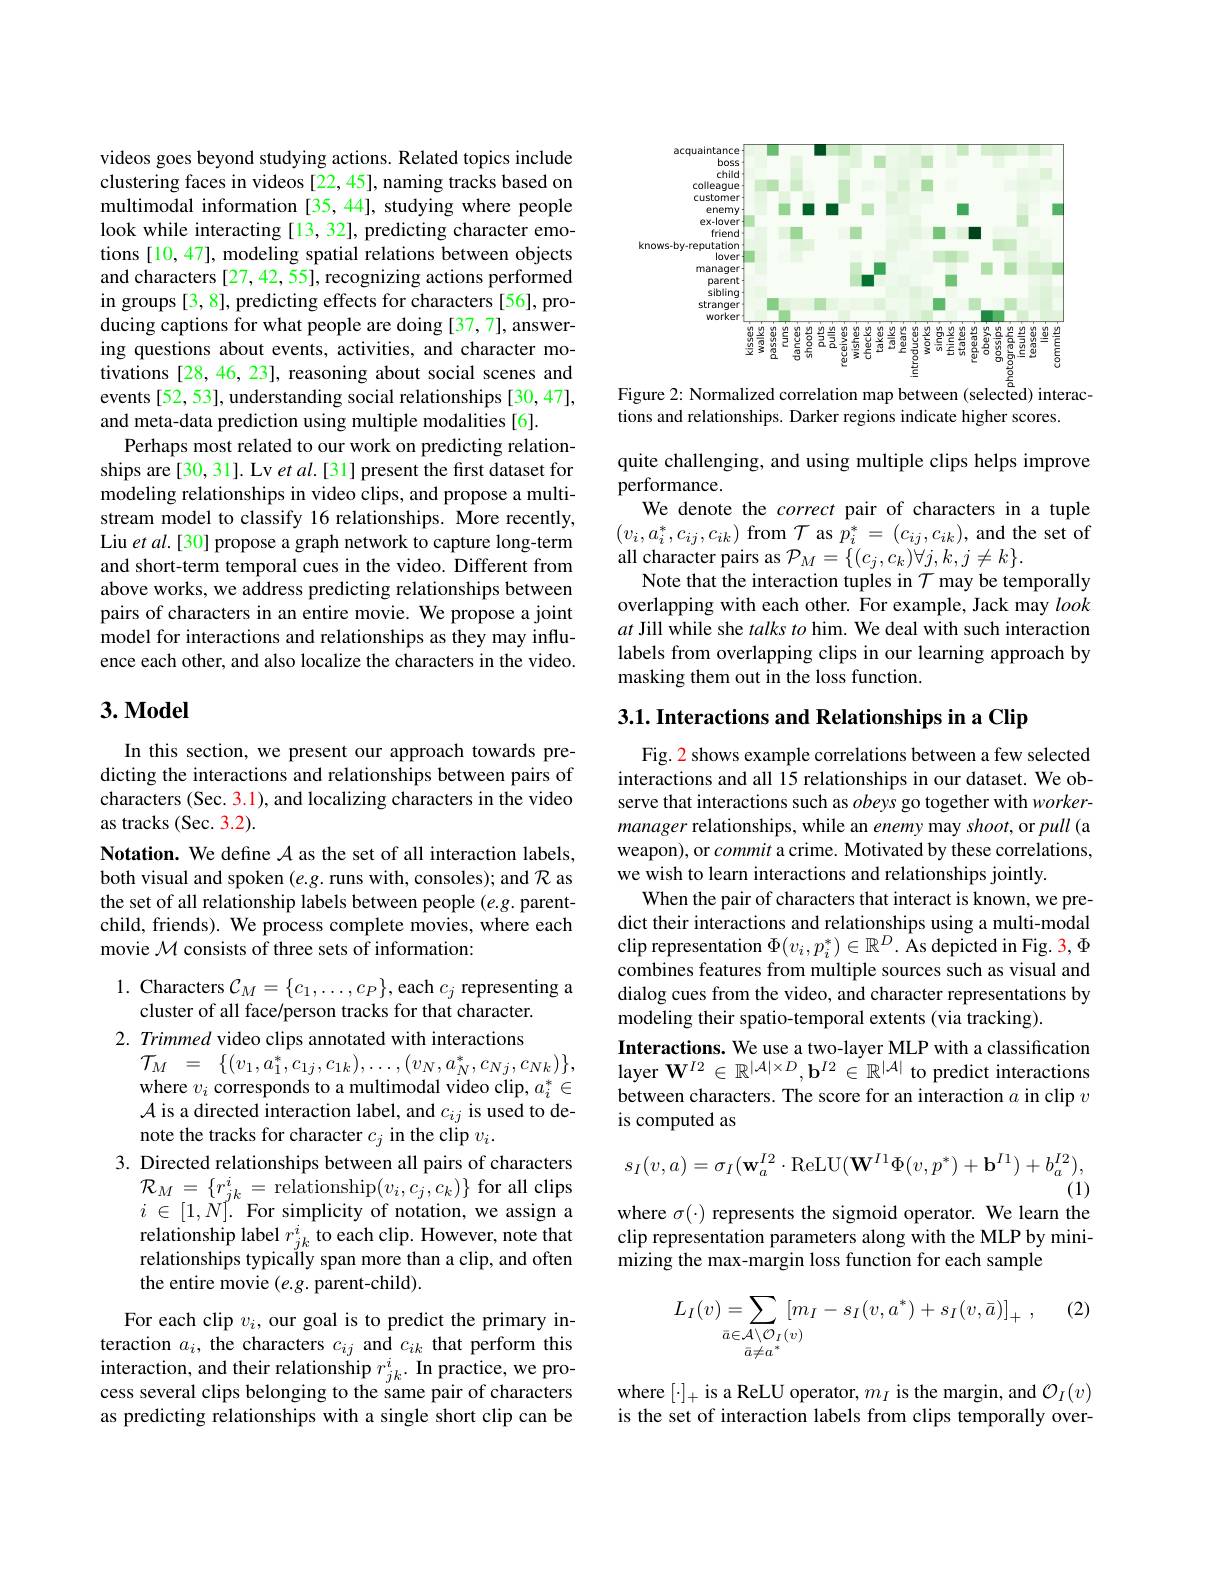
videos goes beyond studying actions. Related topics include clustering faces in videos [22, 45], naming tracks based on multimodal information [35,44], studying where people look while interacting[13, 32], predicting character emotions [10, 47], modeling spatial relations between objects and characters [27,42,55], recognizing actions performed in groups [3, 8], predicting effects for characters [56], producing captions for what people are doing [37,7], answering questions about events, activities, and character motivations [28, 46, 23], reasoning about social scenes and events [52, 53], understanding social relationships [30, 47], and meta-data prediction using multiple modalities [6].
Perhaps most related to our work on predicting relationships are [30, 31]. Lv et al. [31] present the first dataset for modeling relationships in video clips, and propose a multistream model to classify 16 relationships. More recently, Liu et al.[30] propose a graph network to capture long-term and short-term temporal cues in the video. Different from above works, we address predicting relationships between pairs of characters in an entire movie. We propose a joint model for interactions and relationships as they may influence each other, and also localize the characters in the video.

### $3.\mathbf{Model}$

In this section, we present our approach towards predicting the interactions and relationships between pairs of characters (Sec. 3.1), and localizing characters in the video as tracks (Sec. 3.2)
Notation. We define $\mathcal{A}$ as the set of all interaction labels, both visual and spoken $(e.g.$ runs with, consoles); and $\mathcal{R}$ as the set of all relationship labels between people $(e.g.$ parentchild, friends). We process complete movies, where each movie $\mathcal{M}$ consists of three sets of information:

1. Characters $\mathcal{C}_M=\{c_1,\ldots,c_P\}$, each $c_j$ representing a

cluster of all face/person tracks for that character. 2. Trimmed video clips annotated with interactions
$\mathcal{T} _{M}$ = $\{ ( v_{1}, a_{1}^{* }, c_{1j}, c_{1k}) , \ldots , ( v_{N}, a_{N}^{* }, c_{Nj}, c_{Nk}) \} $, where $v_i$ corresponds to a multimodal video clip, $a_i^*\in$ $\mathcal{A}$ is a directed interaction label, and $c_ij$ is used to denote the tracks for character $c_j$ in the clip $v_i.$
3. Directed relationships between all pairs of characters
$\mathcal{R}_{M}=\{r_{jk}^{i}=$relationship$(v_i,c_j,c_k)\}$ for all clips $i$ $\in [ 1, \dot{N} ] ^{\prime }.$ For simplicity of notation, we assign a relationship label $r_jk^i$ to each clip. However, note that relationships typically span more than a clip, and often the entire movie $(e.g.$ parent-child).

For each clip $v_i$, our goal is to predict the primary interaction $a_i$, the characters $c_{ij}$ and $c_{ik}$ that perform this interaction, and their relationship $r_jk^i.$ In practice, we process several clips belonging to the same pair of characters as predicting relationships with a single short clip can be

<FigureHere>

Figure 2: Normalized correlation map between (selected) interac-
tions and relationships. Darker regions indicate higher scores.

quite challenging, and using multiple clips helps improve
performance.
We denote the correct pair of characters in a tuple $( v_{i}, a_{i}^{* }, c_{ij}, c_{ik})$ from $\mathcal{T}$ as $p_{i}^{* }= ( c_{ij}, c_{ik}) $, and the set of all character pairs as $\mathcal{P} _{M}= \{ ( c_{j}, c_{k}) \forall j, k, j\neq k\} .$
Note that the interaction tuples in $\mathcal{T}$ may be temporally overlapping with each other. For example, Jack may look $at$ Jill while she talks to him. We deal with such interaction labels from overlapping clips in our learning approach by masking them out in the loss function.

$3. 1. \textbf{ Interactions and Relationships in a Clip}$

Fig. 2 shows example correlations between a few selected interactions and all 15 relationships in our dataset. We observe that interactions such as obeys go together with workermanager relationships, while an enemy may shoot, or pull(a weapon), or commit a crime. Motivated by these correlations, we wish to learn interactions and relationships jointly.
When the pair of characters that interact is known, we predict their interactions and relationships using a multi-modal clip representation $\Phi(v_i,p_i^*)\in\mathbb{R}^D.$ As depicted in Fig. 3, $\Phi$ combines features from multiple sources such as visual and dialog cues from the video, and character representations by modeling their spatio-temporal extents (via tracking).
Interactions. We use a two-layer MLP with a classification layer $\mathbf{W}^{I2}\in\mathbb{R}^{|\mathcal{A}|\times D},\mathbf{b}^{I2}\in\mathbb{R}^{|\mathcal{A}|}$ to predict interactions between characters. The score for an interaction $a$ in clip $v$ is computed as
$$s_I(v,a)=\sigma_I(\mathbf{w}_a^{I2}\cdot\mathrm{ReLU}(\mathbf{W}^{I1}\Phi(v,p^*)+\mathbf{b}^{I1})+b_a^{I2}),$$
(1)

where $\sigma(\cdot)$ represents the sigmoid operator. We learn the

clip representation parameters along with the MLP by mini-
mizing the max-margin loss function for each sample

(2
$$L_I(v)=\sum_{\begin{array}{c}\bar{a}\in\mathcal{A}\backslash\mathcal{O}_I(v)\\\bar{a}\neq a\end{array}^*}[m_I-s_I(v,a^*)+s_I(v,\bar{a})]_+\:,$$
where $[\cdot]_+$ is a ReLU operator, $m_I$ is the margin, and $\mathcal{O}_I(v)$ is the set of interaction labels from clips temporally over-